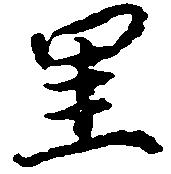
里